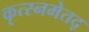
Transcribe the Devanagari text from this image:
कृत्स्नमेतद्